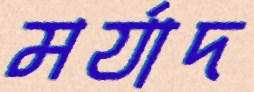
মর্যাদ